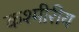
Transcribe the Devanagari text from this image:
कश्मीरीय